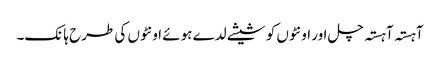
آہستہ آہستہ چل اور اونٹوں کو شیشے لدے ہوئے اونٹوں کی طرح ہانک۔